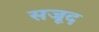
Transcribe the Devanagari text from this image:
सजूद